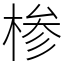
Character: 椮